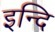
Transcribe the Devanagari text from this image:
इन्दि